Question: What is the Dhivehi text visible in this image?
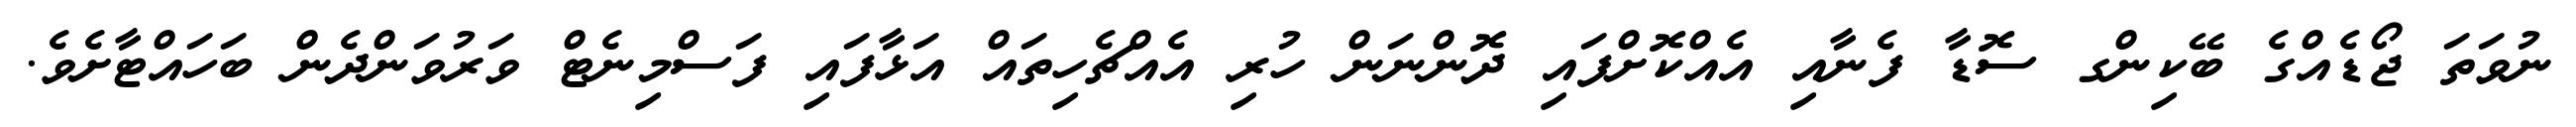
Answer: ނުވަތަ ޖޯޑެއްގެ ބޭކިންގ ސޮޑާ ފެނާއި އެއްކޮށްފައި ދޮންނަން ހުރި އެއްޗެހިތައް އަޅާފައި ފަސްމިނެޓް ވަރުވަންދެން ބަހައްޓާށެވެ.